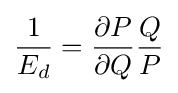
{\frac {1}{E_{d}}}={\frac {\partial P}{\partial Q}}{\frac {Q}{P}}